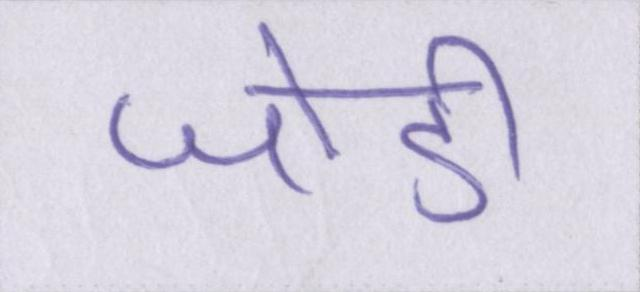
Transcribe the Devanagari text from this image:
जोडी